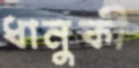
ধানুকী